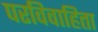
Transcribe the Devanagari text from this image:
परविवाहिता